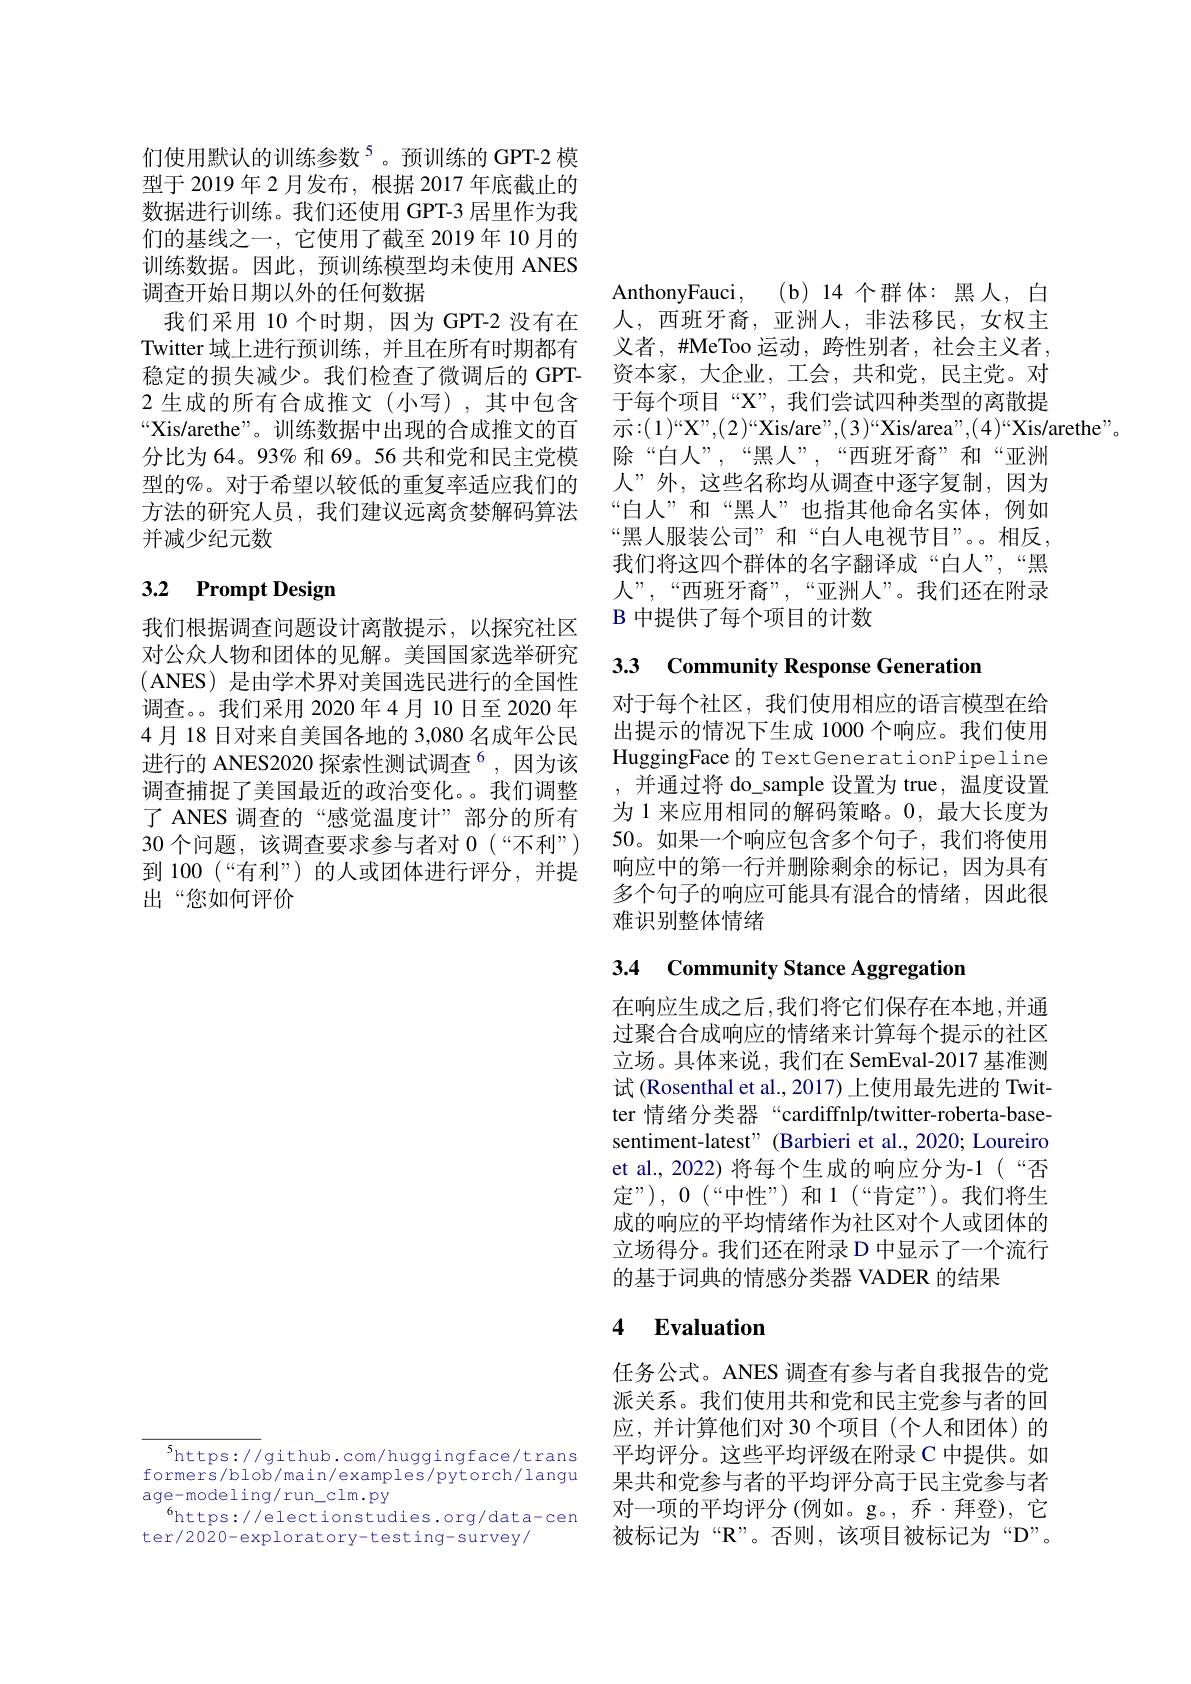
们使用默认的训练参数$^{5}$。预训练的 GPT-2 模型于 2019 年 2 月发布，根据 2017 年底截止的数据进行训练。我们还使用 GPT-3 居里作为我们的基线之一，它使用了截至 2019年 10 月的训练数据。因此，预训练模型均未使用 ANES 调查开始日期以外的任何数据
我们采用 10 个时期，因为 GPT-2 没有在Twitter 域上进行预训练，并且在所有时期都有稳定的损失减少。我们检查了微调后的 GPT- 2 生成的所有合成推文(小写),其中包含“Xis/arethe”。训练数据中出现的合成推文的百分比为 64。93% 和 69。56 共和党和民主党模型的%。对于希望以较低的重复率适应我们的方法的研究人员，我们建议远离贪婪解码算法并减少纪元数

# 3.2 Prompt Design

我们根据调查问题设计离散提示，以探究社区对公众人物和团体的见解。美国国家选举研究(ANES) 是由学术界对美国选民进行的全国性调查。我们采用 2020年4月 10日至 2020 年4月 18 日对来自美国各地的 3,080 名成年公民进行的 ANES2020 探索性测试调查$^{6}$,因为该调查捕捉了美国最近的政治变化。我们调整了 ANES 调查的“感觉温度计”部分的所有30 个问题，该调查要求参与者对0 (“不利”) 到 100(“有利”)的人或团体进行评分，并提出“您如何评价

AnthonyFauci,(b)14个群体：黑人，白人，西班牙裔，亚洲人，非法移民，女权主义者，#MeToo 运动，跨性别者，社会主义者， 资本家，大企业，工会，共和党，民主党。对于每个项目“X”,我们尝试四种类型的离散提${\text{示：}(1)}^{\mathrm{w}}{\mathrm{X"",(2)}}^{\mathrm{w}}{\mathrm{Xis/are",(3)}}^{\mathrm{w}}{\mathrm{Xis/area",(4)}}^{\mathrm{w}}{\mathrm{Xis/arethe".}}$
除“白人”,“黑人”,“西班牙裔”和“亚洲人”外，这些名称均从调查中逐字复制，因为“白人”和“黑人”也指其他命名实体，例如“黑人服装公司”和“白人电视节目”。。相反， 我们将这四个群体的名字翻译成“白人”,“黑人”,“西班牙裔”,“亚洲人”。我们还在附录B 中提供了每个项目的计数

## 33 Community Response Generation

对于每个社区，我们使用相应的语言模型在给出提示的情况下生成 1000 个响应。我们使用HuggingFace 的 TextGenerationPipeline ,并通过将 do\_sample 设置为 true, 温度设置为 1 来应用相同的解码策略。0,最大长度为50。如果一个响应包含多个句子，我们将使用响应中的第一行并删除剩余的标记，因为具有多个句子的响应可能具有混合的情绪，因此很难识别整体情绪

# 3.4 Community Stance Aggregation

在响应生成之后，我们将它们保存在本地，并通过聚合合成响应的情绪来计算每个提示的社区立场。具体来说，我们在 SemEval-2017 基准测试 (Rosenthal et al., 2017) 上使用最先进的 Twitter 情绪分类器“cardiffnlp/twitter-roberta-basesentiment-latest" (Barbieri et al., 2020; Loureiro et al., 2022) 将每个生成的响应分为-1(“否定”),0$\allowbreak ( {\mathrm{mod}} $“ 中 性 ” ) 和 1( “ 肯 定 ” ) 。我 们 将 生 ) 成的响应的平均情绪作为社区对个人或团体的立场得分。我们还在附录 D 中显示了一个流行的基于词典的情感分类器 VADER 的结果

## 4 Evaluation

任务公式。ANES 调查有参与者自我报告的党派关系。我们使用共和党和民主党参与者的回应，并计算他们对 30 个项目(个人和团体)的平均评分。这些平均评级在附录 C 中提供。如果共和党参与者的平均评分高于民主党参与者对一项的平均评分 (例如。g。, 乔·拜登), 它被标记为“R”。否则，该项目被标记为“D”。

$^{5}$https://github.com/huggingface/trans formers/blob/main/examples/pytorch/langu age-modeling/run\_clm.py
$^{6}$https://electionstudies.org/data-cen
ter/2020-exploratory-testing-survey/